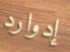
إدوارد